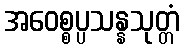
အဝေစ္စပ္ပသန္နသုတ္တံ